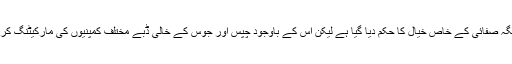
گارڈن میں جگہ جگہ صفائی کے خاص خیال کا حکم دیا گیا ہے لیکن اس کے باوجود چپس اور جوس کے خالی ڈبے مختلف کمپنیوں کی مارکیٹنگ کرتے نظر آتے ہیں ۔